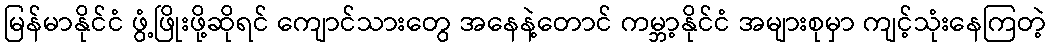
မြန်မာနိုင်ငံ ဖွံ့ဖြိုးဖို့ဆိုရင် ကျောင်သားတွေ အနေနဲ့တောင် ကမ္ဘာ့နိုင်ငံ အများစုမှာ ကျင့်သုံးနေကြတဲ့